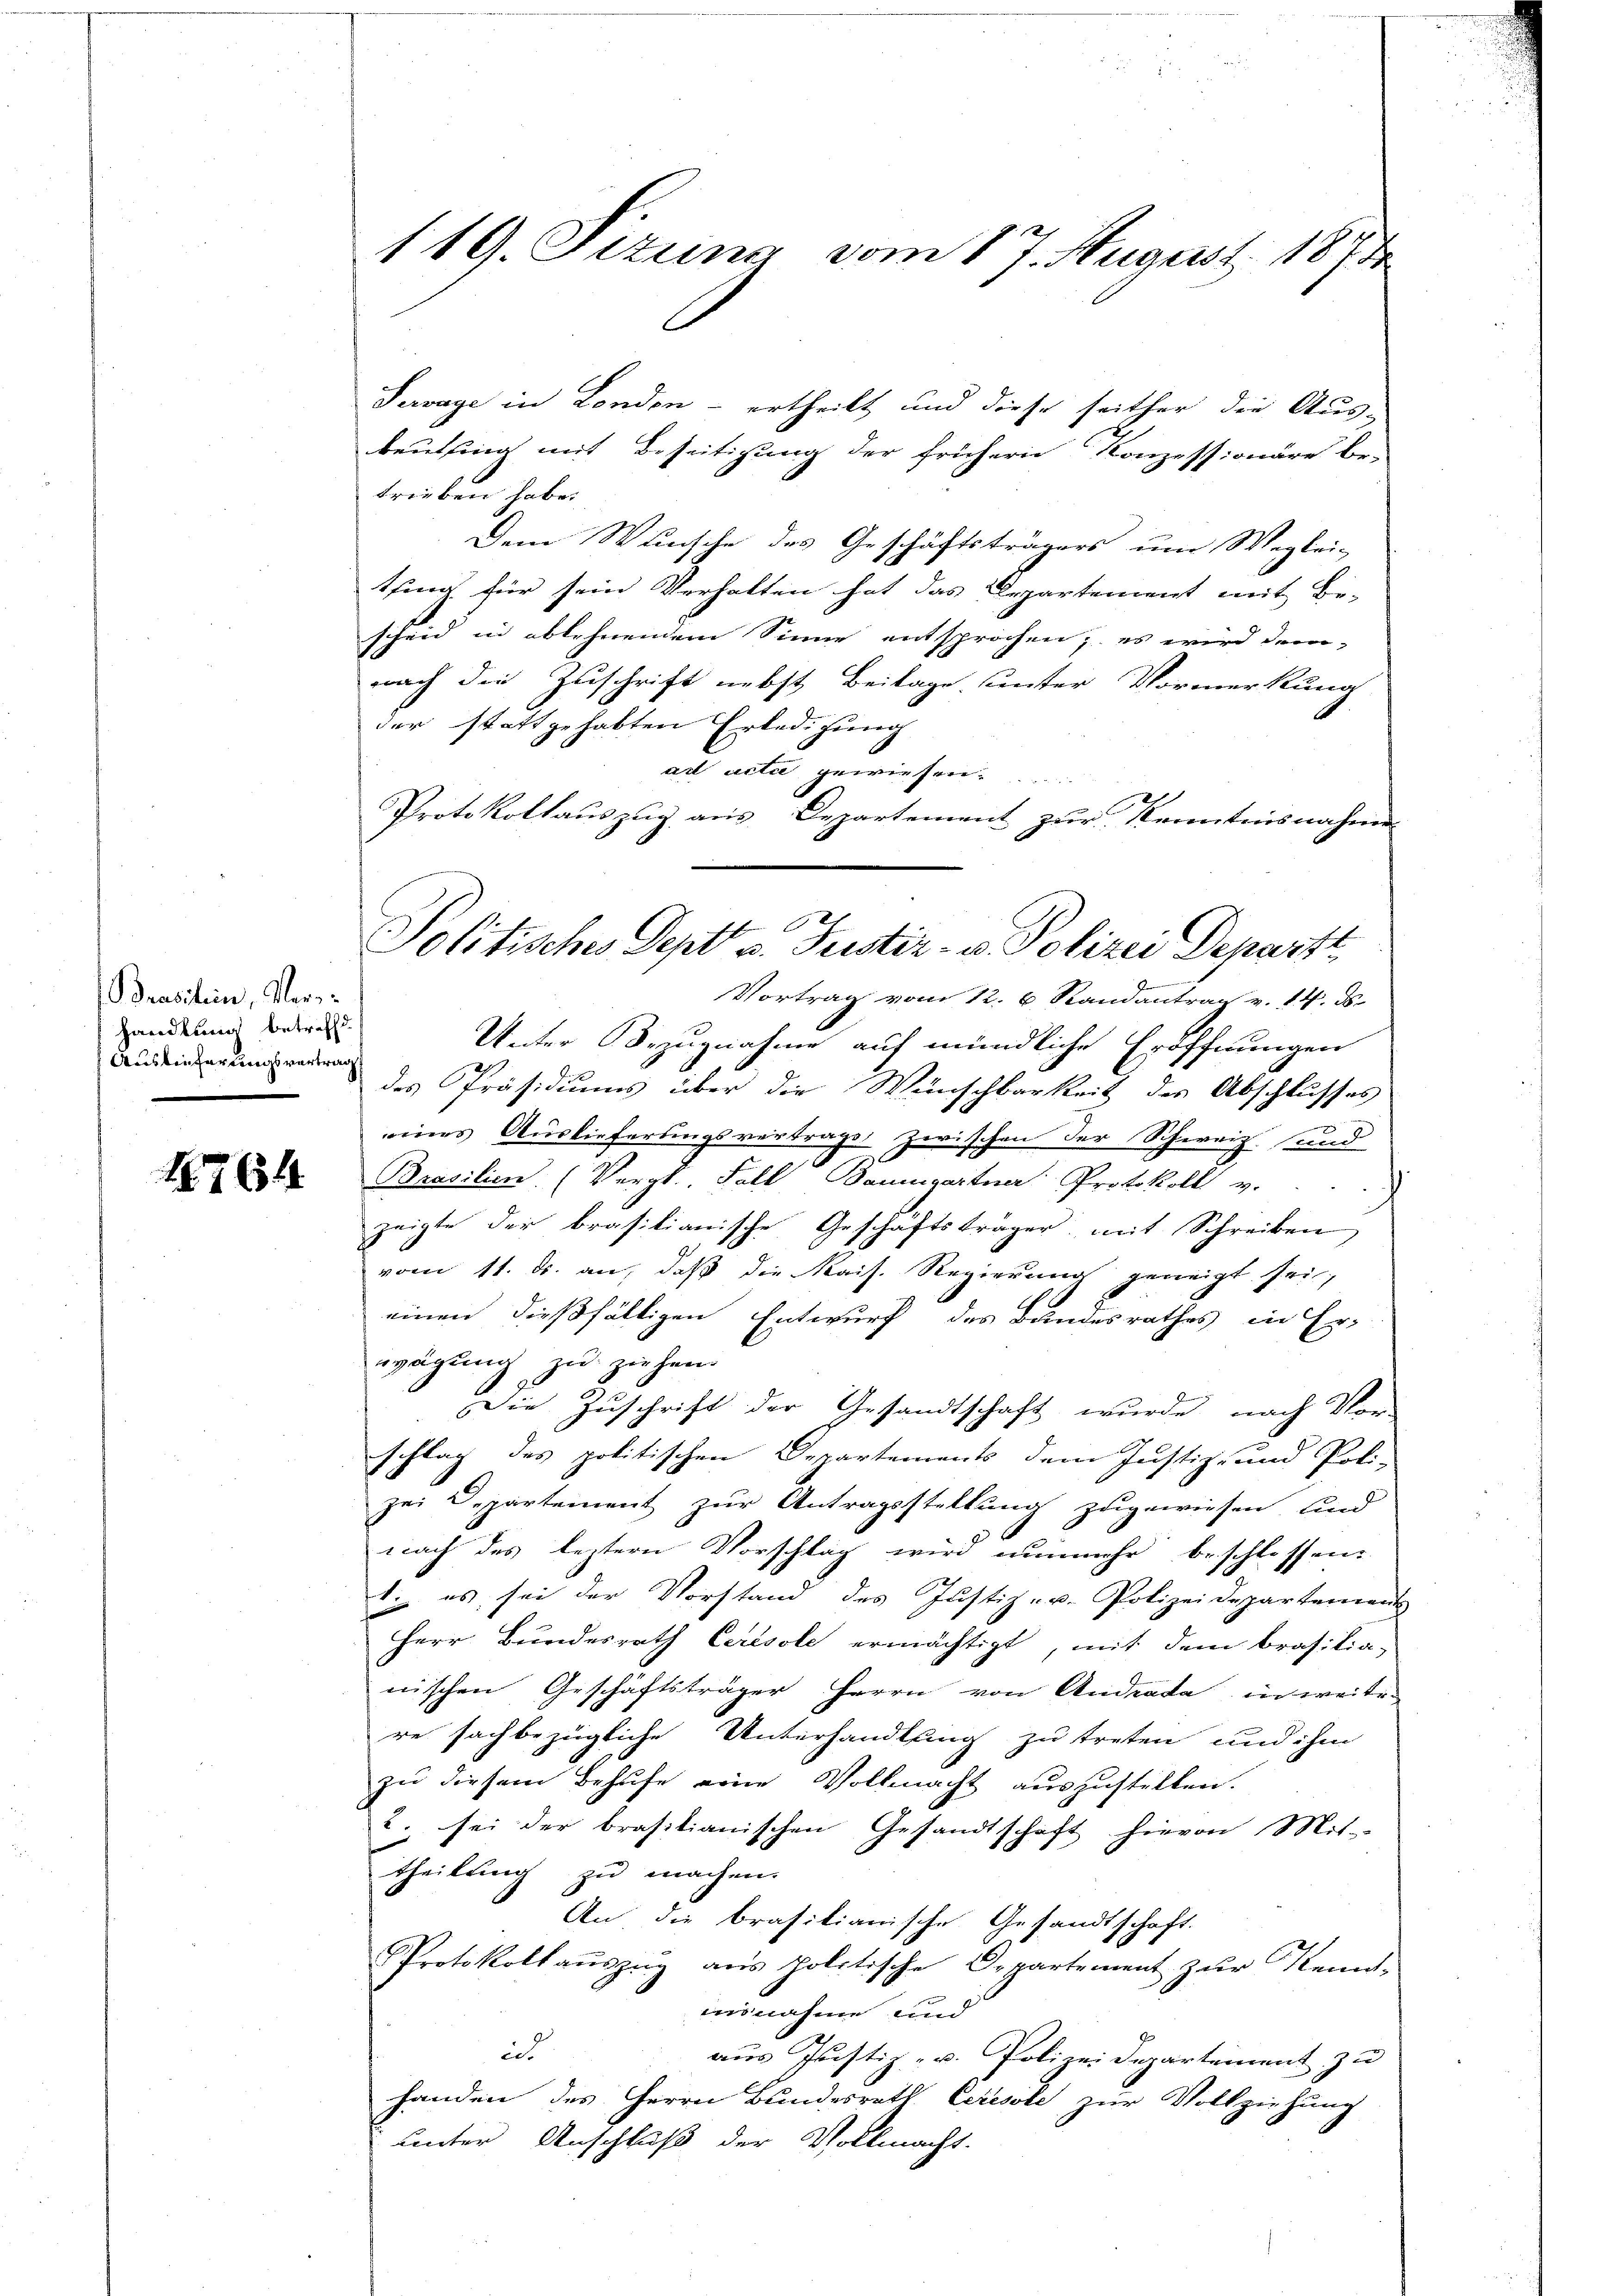
Brasilien, Verhandlung betreffd.
Auslieferungsvertrag

18764

119. Jezung vom 17. August 1873

Pervage in London - ertheilt und diese seither die Aus-
beutling mit Beseitigung der frühern Konzessionäre be-
trieben habe.
Dem Wunsche des Geschäftsträgers um Weglei-
tsing für sein Verhalten hat das Departement mit Be-
scheid in ablehnendem Sinne entsprochen; es wird dem
nach die Zuschrift nebst Beilage unter Vormerkung
der stattgehabten Erledigung
ad acta gewiesen.
Protokollauszug aus Departement zur Kenntnisnahme
Vortrag vom 12. 6. Randantrag v. 14. ds.
Unter Bezugnahme auf mündliche Eröffnungen
des Präsidiums über die Wünschbarkeit des Abschlusses
eines Auslieferungsvertrags, zwischen der Schweiz und
Brasilien. (Vergl. Fall, Baumgartner Protokoll v.
zeigte der brasilianische Geschäftsträger mit Schreiben
vom 11. ds. an, daß die Kais. Regierung geneigt sei,
einen dießfälligen Entwurf des Bandesrathes in Er-
wägung zu ziehen.
x
Die Zuschrift der Gesandtschaft wurde nach Vor-
schlag des politischen Departements dem Justiz- und Poli-
ze: Departement zur Antragsstellung zugewiesen, und
nach des leztern Vorschlag wird nunmehr beschlossen:
1. es sei der Vorstand des Justiz-v. Polizeideparternen
Herr Bundesrath Cerésole ermächtigt, mit dem Brasilia-
wischen Geschäftsträger Herrn von Andrata in weite
re sachbezügliche Unterhandlung zu treten und ihm
zu diesem Behufe eine Vollmacht auszustellen.
. sei der brasilianischen Gesandtschaft hievon Mit-
theilŭng zŭ machen.
An die brasilianische Gesandtschaft.
Protokollaŭszŭg aŭs politische Departement zŭr Kennt-
ausnahme und
in
aus Justiz- u. Polizeidepartement zu
handen des Herrn Bundesrath Ceresste zur Vollziehung
unter Anschluß der Vollmacht.

Politische Sept v. Justiz- u. Polizei Departi